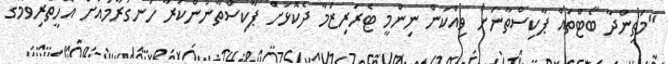
"މަތިންދާ ބޯޓްތައް ޕާކިސްތާނަށް ވިއްކަން ނިންމީ ޓެރަރިޒަމާ ދެކޮޅަށް ޕާކިސްތާނުންކުރާ ހަނގުރާމައަށް އެހީތެރިވުމުގެ